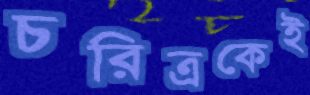
চরিত্রকেই